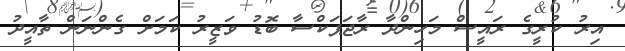
އިރު ކުރީގެ ރައީސް މަހިންދާ ރާޖަޕަކްސާ ބޮޑު ވަޒީރު ކަމަށް ގެންނަން ތާއީދު